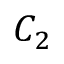
C _ { 2 }